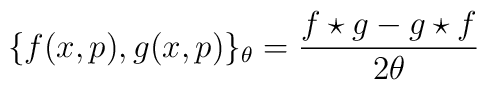
\{f(x,p), g(x,p)\}_ {\theta} =\frac {f \star g - g \star f}{2\theta}